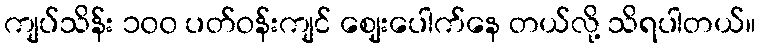
ကျပ်သိန်း ၁၀၀ ပတ်ဝန်းကျင် ဈေးပေါက်နေ တယ်လို့ သိရပါတယ်။